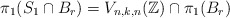
\begin{align*} \pi_{1}(S_{1} \cap B_r) = V_{n, k, n}(\mathbb{Z}) \cap \pi_{1}(B_r)\end{align*}